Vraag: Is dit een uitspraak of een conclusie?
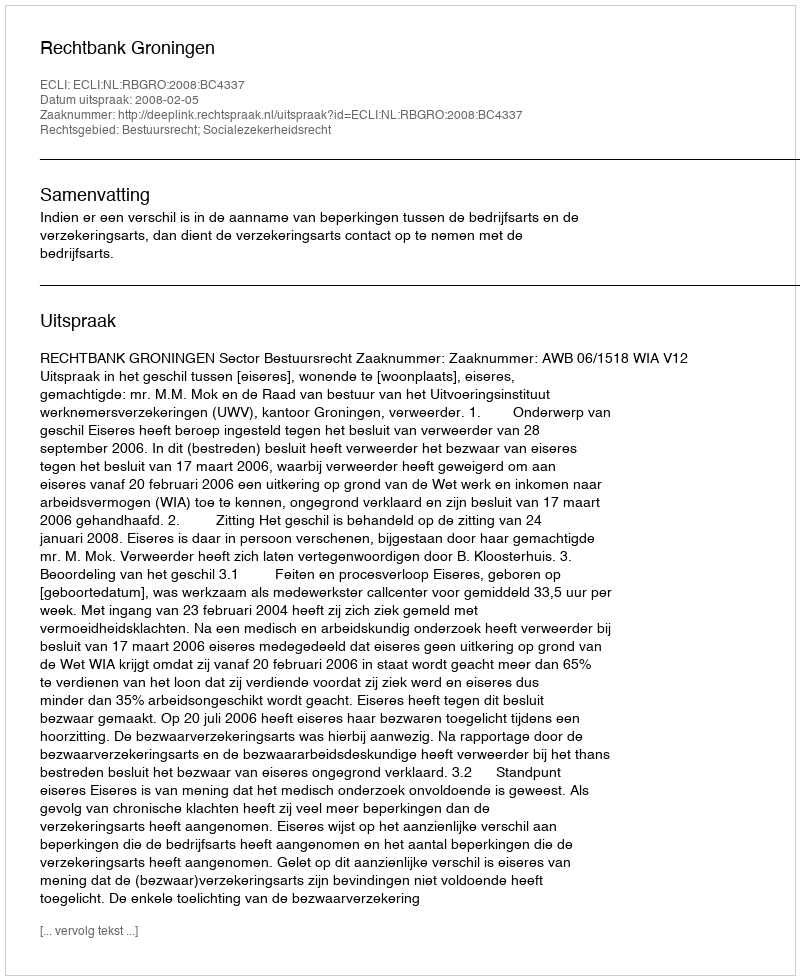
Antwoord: Uitspraak